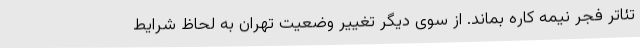
تئاتر فجر نیمه کاره بماند. از سوی دیگر تغییر وضعیت تهران به لحاظ شرایط